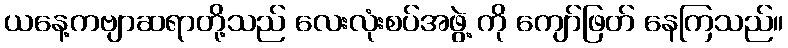
ယနေ့ကဗျာဆရာတို့သည် လေးလုံးစပ်အဖွဲ့ ကို ကျော်ဖြတ် နေကြသည်။